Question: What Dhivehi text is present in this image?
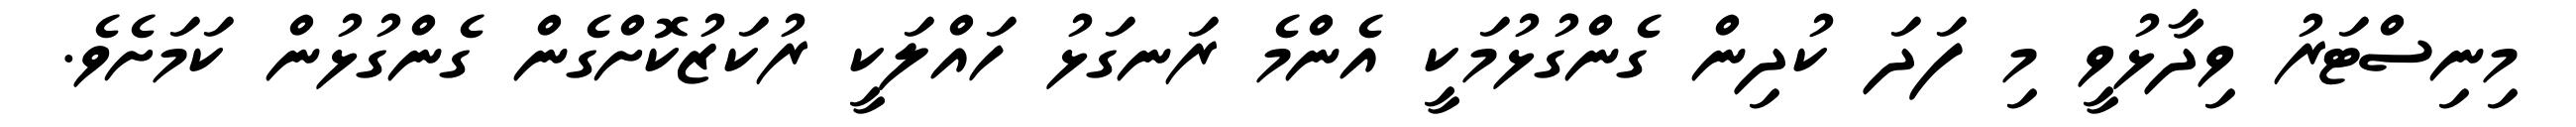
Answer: މިނިސްޓަރު ވިދާޅުވީ މި ފަދަ ކުދިން ގެންގުޅުމަކީ އެންމެ ރަނގަޅު ހައްލަކީ ރުކަޒުކޮށްގެން ގެންގުޅުން ކަމަށެވެ.